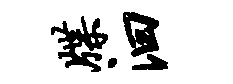
牒汩